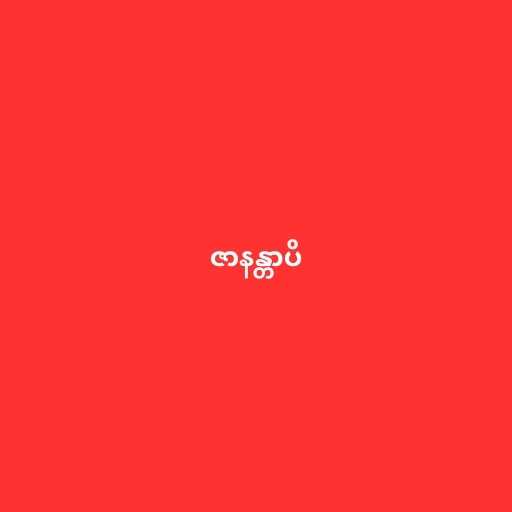
ဇာနန္တာပိ